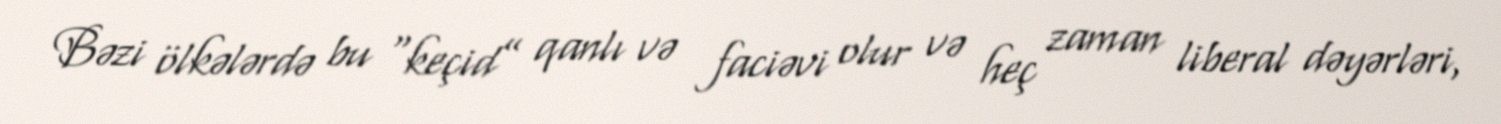
Bəzi ölkələrdə bu “keçid” qanlı və faciəvi olur və heç zaman liberal dəyərləri,